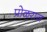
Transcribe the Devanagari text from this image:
प्रोळराज